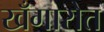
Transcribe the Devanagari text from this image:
खँगारोत